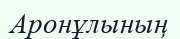
Аронұлының